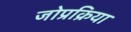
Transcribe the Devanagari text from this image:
जोप्रक्रिया